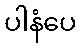
ပါနံပေ